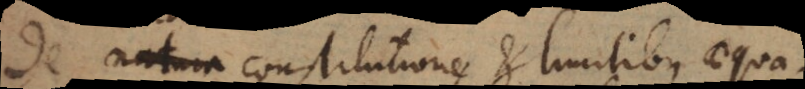
De natura constitutione et limitibus aequationis